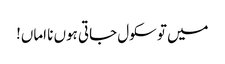
میں تو سکول جاتی ہوں نا اماں!